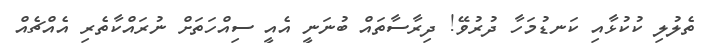
ތެލުލި ކުކުޅާއި ކަނޑުމަހާ ދުރުވޭ! ދިރާސާތައް ބުނަނީ އެއީ ސިއްހަތަށް ނުރައްކާތެރި އެއްޗެއް